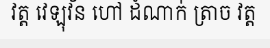
វត្ត វេឡុវ័ន ហៅ ដំណាក់ ត្រាច វត្ត